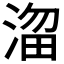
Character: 𣹒